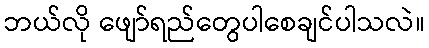
ဘယ်လို ဖျော်ရည်တွေပါစေချင်ပါသလဲ။